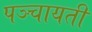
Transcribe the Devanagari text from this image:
पञ्चायती